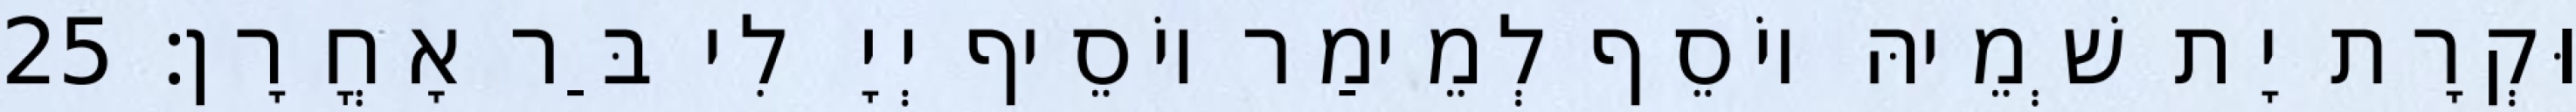
וּקְרָת יָת שְׁמֵיהּ יוֹסֵף לְמֵימַר יוֹסֵיף יְיָ לִי בַּר אָחֳרָן׃ 25